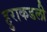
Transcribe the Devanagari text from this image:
हुराकडली